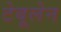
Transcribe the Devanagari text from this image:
टेबूलेन